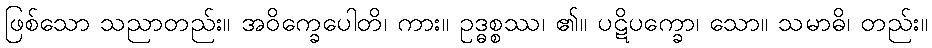
ဖြစ်သော သညာတည်း။ အဝိက္ခေပေါတိ၊ ကား။ ဥဒ္ဓစ္စဿ၊ ၏။ ပဋိပက္ခော၊ သော။ သမာဓိ၊ တည်း။